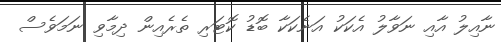
ނާއިލު އާއި ނަވާލު އެކަކު އަނެކަކާ ބޮޑު ކޮޓަރި ތެރެއިން ދިމާވި ނަމަވެސް